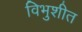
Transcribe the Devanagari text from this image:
विभुशीत